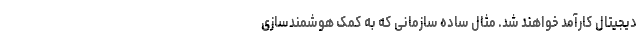
دیجیتال کارآمد خواهند شد. مثال ساده سازمانی که به کمک هوشمند‌سازی